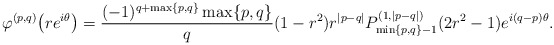
\begin{align*}\varphi^{(p,q)}\bigl(re^{i\theta}\bigr)=\frac{(-1)^{q+\max\{p,q\}}\max\{p,q\}}{q}(1-r^2)r^{|p-q|}P^{(1,|p-q|)}_{\min\{p,q\}-1}(2r^2-1)e^{i(q-p)\theta}.\end{align*}